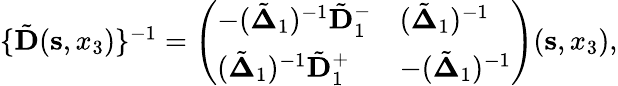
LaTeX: \begin{array}{r}{\{ \tilde{\mathbf D}({\mathbf s},x_{3})\} ^{-1}=\left(\begin{array}{ll}{-(\tilde{\mathbf\Delta}_{1})^{-1}\tilde{\mathbf D}_{1}^{-}}&{(\tilde{\mathbf\Delta}_{1})^{-1}}\\ {(\tilde{\mathbf\Delta}_{1})^{-1}\tilde{\mathbf D}_{1}^{+}}&{-(\tilde{\mathbf\Delta}_{1})^{-1}}\end{array}\right)({\mathbf s},x_{3}),}\end{array}